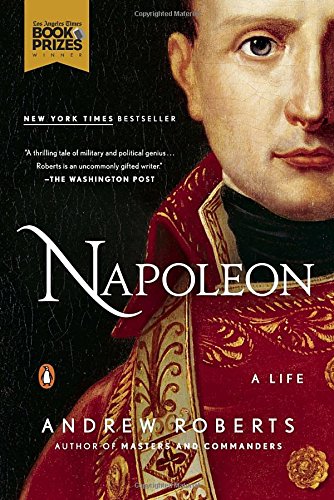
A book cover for Napoleon: A Life; Andrew Roberts; History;